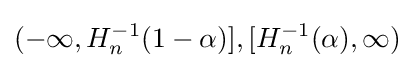
(-\infty ,H_{n}^{-1}(1-\alpha )],[H_{n}^{-1}(\alpha ),\infty )